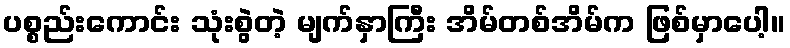
ပစ္စည်းကောင်း သုံးစွဲတဲ့ မျက်နှာကြီး အိမ်တစ်အိမ်က ဖြစ်မှာပေါ့။